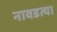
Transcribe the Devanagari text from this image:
नावडत्या